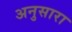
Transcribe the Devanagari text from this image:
अनुसारा